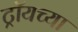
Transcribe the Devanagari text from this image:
ट्रॉयच्या